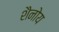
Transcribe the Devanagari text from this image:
शैनोय